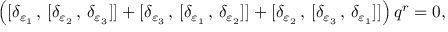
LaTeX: \left( [ \delta _ { \varepsilon _ { 1 } } \, , \, [ \delta _ { \varepsilon _ { 2 } } \, , \, \delta _ { \varepsilon _ { 3 } } ] ] + [ \delta _ { \varepsilon _ { 3 } } \, , \, [ \delta _ { \varepsilon _ { 1 } } \, , \, \delta _ { \varepsilon _ { 2 } } ] ] + [ \delta _ { \varepsilon _ { 2 } } \, , \, [ \delta _ { \varepsilon _ { 3 } } \, , \, \delta _ { \varepsilon _ { 1 } } ] ] \right) q ^ { r } = 0 ,